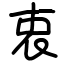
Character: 衷